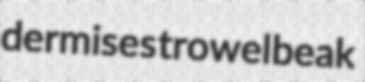
dermises trowelbeak